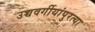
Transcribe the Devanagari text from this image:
उच्चवर्गीयांपुरत्या